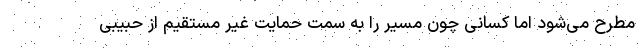
مطرح می‌شود اما کسانی چون مسیر را به سمت حمایت غیر مستقیم از حبیبی